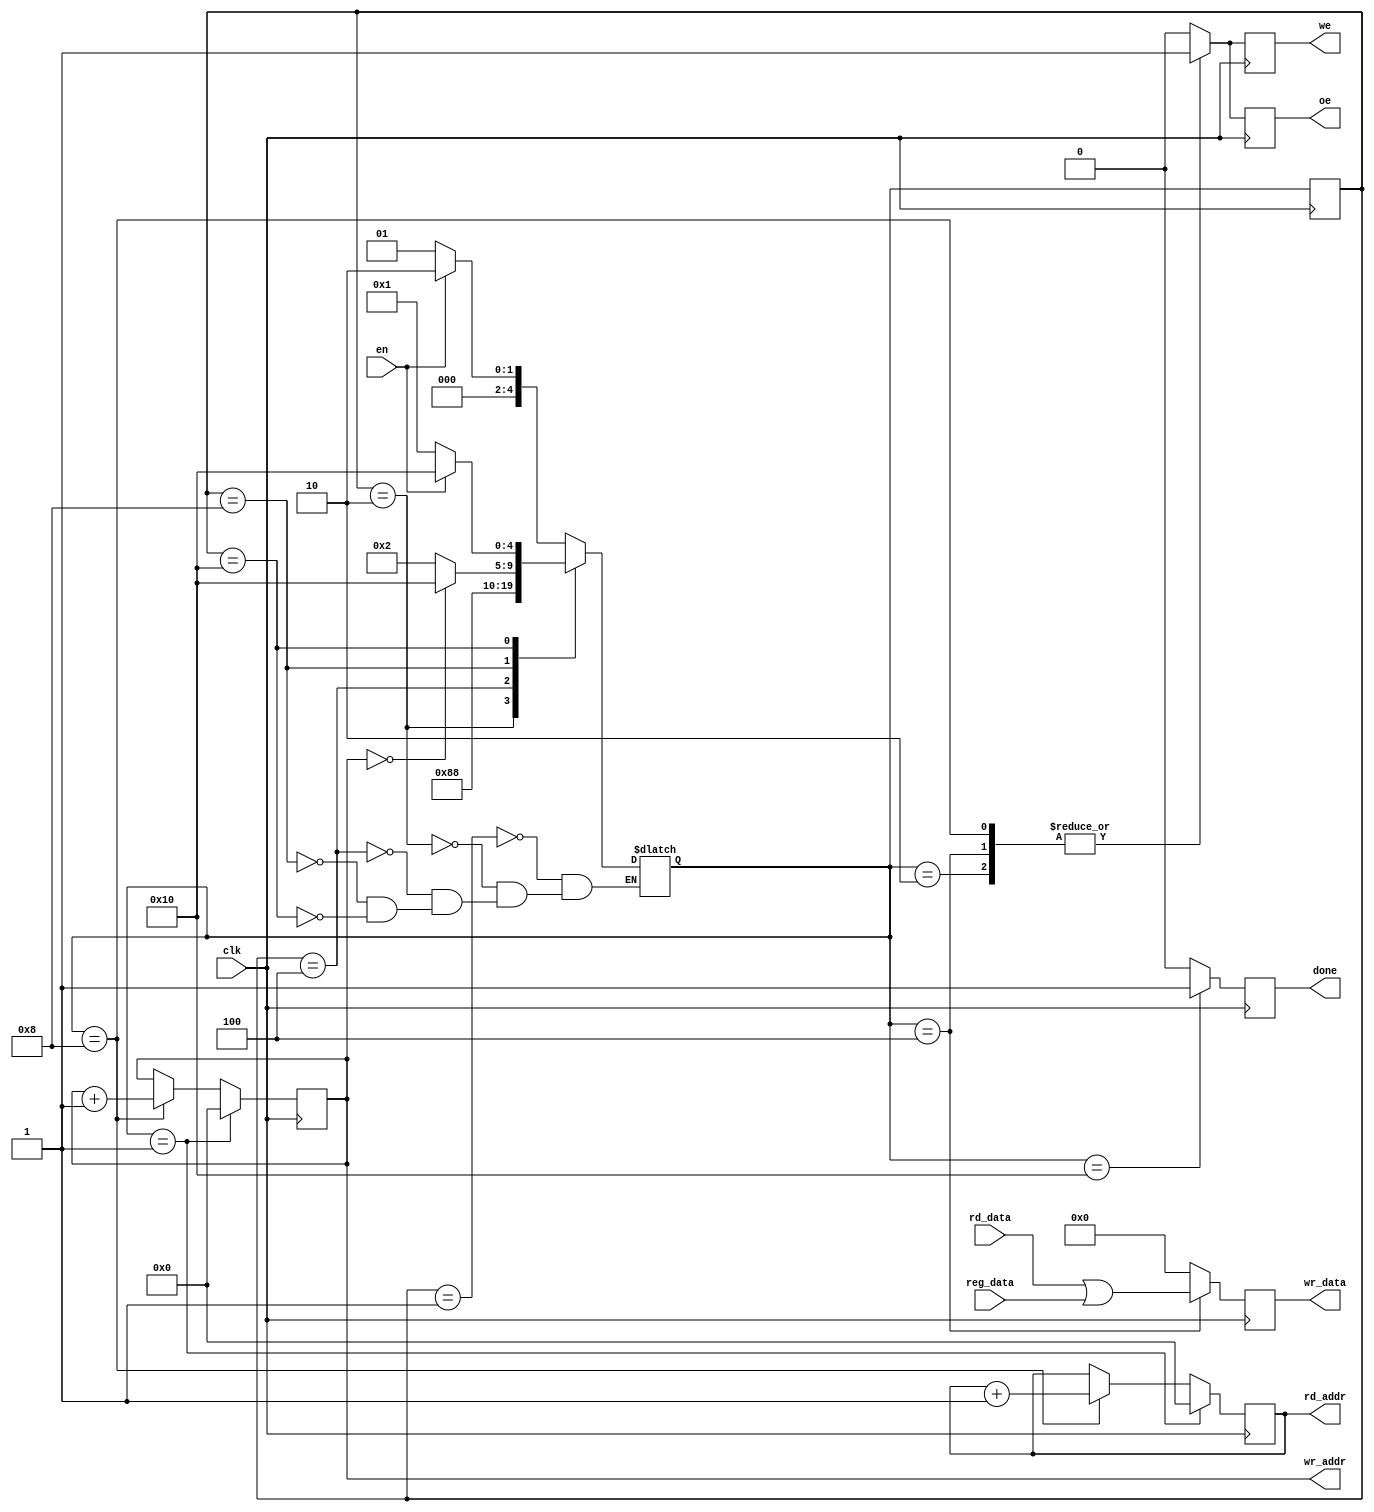
module OrAtom 
#(
	parameter W = 10,
	parameter B = 32
)
(
	input wire clk,
	
	//connect regmask
	input wire [B-1:0] reg_data,
	
	//connect ram source
	output reg oe,
	output reg [W-1:0] rd_addr,
	input wire [B-1:0] rd_data,
	
	//connect ram destination
	output reg we,
	output reg [W-1:0] wr_addr,
	output reg [B-1:0] wr_data,
	
	//enable
	input wire en,
	
	//ready
	output reg done
);


parameter IDLE        	= 5'b00001;
parameter PREP        	= 5'b00010;
parameter WRITE     	 	= 5'b00100;
parameter IS_DONE       = 5'b01000;
parameter DONE 		  	= 5'b10000;

reg[4:0] current_state;
reg[4:0] next_state;

always @(posedge clk)
begin
    current_state <= next_state;
end

always @(posedge clk)
begin
  if (next_state == IDLE)
	 rd_addr <= 0;
  else if (next_state == IS_DONE)
	 rd_addr <= rd_addr + 1;
end

always @(posedge clk)
begin
  if (next_state == IDLE)
	 wr_addr <= 0;
  else if (next_state == IS_DONE)
	 wr_addr <= wr_addr + 1;
end

always @(posedge clk)
begin
  if (next_state == WRITE)
		wr_data <= rd_data | reg_data;
  else 
		wr_data <= 0;
end

always @(*)
begin
  case (current_state)
    IDLE: 		begin
						if (en == 1'b1)
							next_state = PREP;
						else
							next_state = IDLE;
					end
	 PREP: 			next_state = WRITE;
    WRITE:  		next_state = IS_DONE;
	 IS_DONE:   begin
						if (wr_addr == 0) 
							next_state = DONE;
						else 
							next_state = PREP;
					end
	 DONE:		begin
						if (en == 1'b0)
							next_state = IDLE;
						else
							next_state = DONE;
					end
  endcase
end

always @(posedge clk)
begin
	case (next_state) 
		PREP,
		WRITE,
		IS_DONE:	begin
						oe = 1'b1;
						we = 1'b1;
					end
		default: begin
						oe = 1'b0;
						we = 1'b0;
					end
	endcase 
end

always @(posedge clk)
begin
	if (next_state == DONE) 
		done = 1'b1;
	else 
		done = 1'b0;
end

endmodule